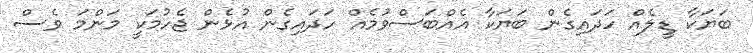
ބަޔަކާ ޑީލެއް ހަދައިގެން ބަޔަކާ އެއްބަސްވުމެއް ހަދައިގެން އުޅެން ޖެހުމަކީ މަންމަ ވެސް